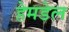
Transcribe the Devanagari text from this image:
हेमडेल